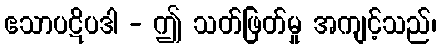
ဧသာပဋိပဒါ - ဤ သတ်ဖြတ်မှု အကျင့်သည်၊